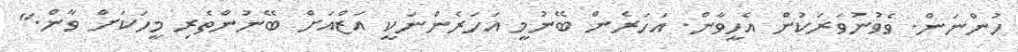
ހުންނަން. ވެވުނުވަރަކުން އެހީވާން. އަހަރެން ބޭނުމީ އަހަރެންނަކީ އަޒްއަށް ބޭނުންތެރި މީހަކަށް ވާން."